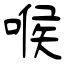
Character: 喉